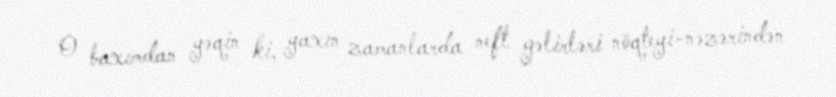
O baxımdan yəqin ki, yaxın zamanlarda neft gəlirləri nöqteyi-nəzərindən